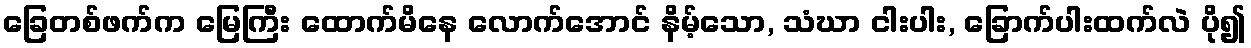
ခြေတစ်ဖက်က မြေကြီး ထောက်မိနေ လောက်အောင် နိမ့်သော, သံဃာ ငါးပါး, ခြောက်ပါးထက်လဲ ပို၍